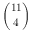
\binom { 1 1 } { 4 }